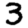
Digit: 3